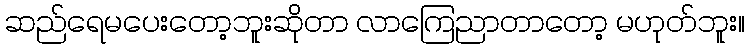
ဆည်ရေမပေးတော့ဘူးဆိုတာ လာကြေညာတာတော့ မဟုတ်ဘူး။